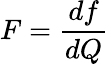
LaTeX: F=\frac{df}{dQ}